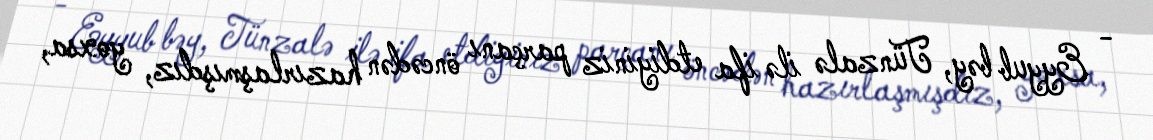
- Eyyub bəy, Tünzalə ilə ifa etdiyiniz parçanı öncədən hazırlaşmışdız, yoxsa,